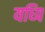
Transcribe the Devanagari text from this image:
यध्पि